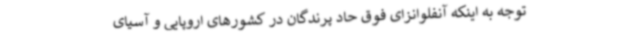
توجه به اینکه آنفلوانزای فوق حاد پرندگان در کشورهای اروپایی و آسیای